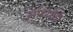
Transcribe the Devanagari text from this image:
आंथ्‍योई